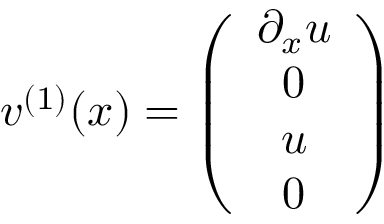
v ^ { ( 1 ) } ( x ) = \left( \begin{array} { c } { { \partial _ { x } u } } \\ { { 0 } } \\ { { u } } \\ { { 0 } } \end{array} \right)